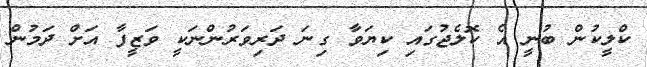
ކްލީކުން ބުނީ އެ ކޮލެޖުގައި ކިޔަވާ ގިނަ ދަރިވަރުންނަކީ ވަޒީފާ އަށް ދަމުން